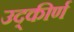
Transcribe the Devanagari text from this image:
उद्कीर्ण